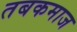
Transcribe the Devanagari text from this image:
तबकमाज